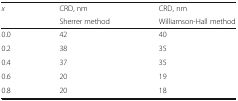
| <ROWSPAN=2> x | CRD, nm | CRD, nm |
 | Sherrer method | Williamson-Hall method |
 | --- | --- | --- |
 | 0.0 | 42 | 40 |
 | 0.2 | 38 | 35 |
 | 0.4 | 37 | 35 |
 | 0.6 | 20 | 19 |
 | 0.8 | 20 | 18 |